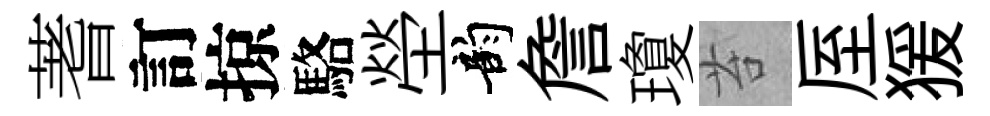
蓍訂掠駱塋韵詹瓊苔厔猨